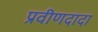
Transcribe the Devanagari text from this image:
प्रवीणदादा